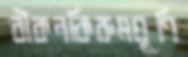
বীকনকিরুমঘূণি